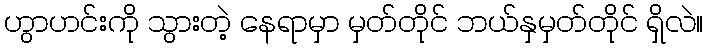
ဟွာဟင်းကို သွားတဲ့ နေရာမှာ မှတ်တိုင် ဘယ်နှမှတ်တိုင် ရှိလဲ။